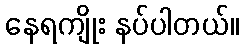
နေရကျိုး နပ်ပါတယ်။